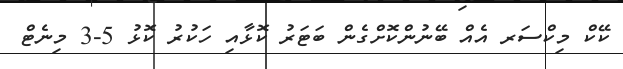
ކޭކް މިކްސަރ އެއް ބޭނުންކޮށްގެން ބަޓަރު ކޮޅާއި ހަކުރު ކޮޅު 5-3 މިނެޓް